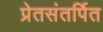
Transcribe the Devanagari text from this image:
प्रेतसंतर्पित